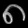
Digit: ၈